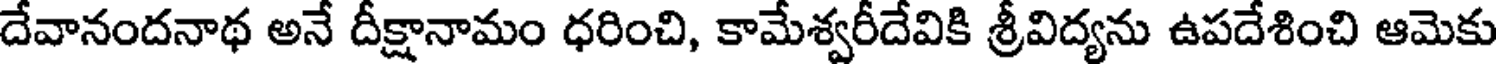
దేవానందనాథ అనే దీక్షానామం ధరించి, కామేశ్వరీదేవికి శ్రీవిద్యను ఉపదేశించి ఆమెకు